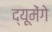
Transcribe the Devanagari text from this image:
द्यूमेंगे